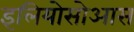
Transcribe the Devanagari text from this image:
इलियोसोआस